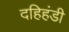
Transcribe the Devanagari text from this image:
दहिहंडी